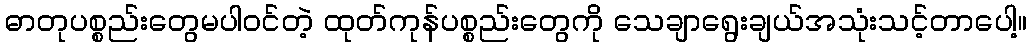
ဓာတုပစ္စည်းတွေမပါဝင်တဲ့ ထုတ်ကုန်ပစ္စည်းတွေကို သေချာရွေးချယ်အသုံးသင့်တာပေါ့။